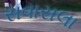
સવાસલા